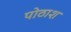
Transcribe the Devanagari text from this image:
पोठाश